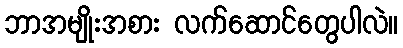
ဘာအမျိုးအစား လက်ဆောင်တွေပါလဲ။